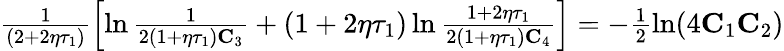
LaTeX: \begin{array}{r}{\frac{1}{(2+2\eta\tau_{1})}\left[\ln\frac{1}{2(1+\eta\tau_{1})\mathbf{C}_{3}}+(1+2\eta\tau_{1})\ln\frac{1+2\eta\tau_{1}}{2(1+\eta\tau_{1})\mathbf{C}_{4}}\right]=-\frac{1}{2}\ln(4\mathbf{C}_{1}\mathbf{C}_{2})}\end{array}